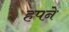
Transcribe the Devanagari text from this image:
हपने